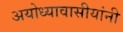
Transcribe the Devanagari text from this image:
अयोध्यावासीयांनी